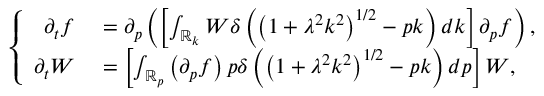
\left\{ \begin{array} { r l } { \partial _ { t } f } & { { } = \partial _ { p } \left( \left[ \int _ { \mathbb { R } _ { k } } W \delta \left( \left( 1 + \lambda ^ { 2 } k ^ { 2 } \right) ^ { 1 / 2 } - p k \right) d k \right] \partial _ { p } f \right) , } \\ { \partial _ { t } W } & { { } = \left[ \int _ { \mathbb { R } _ { p } } \left( \partial _ { p } f \right) p \delta \left( \left( 1 + \lambda ^ { 2 } k ^ { 2 } \right) ^ { 1 / 2 } - p k \right) d p \right] W , } \end{array} \right.